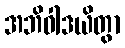
အဘိဝါဒယိတွာ